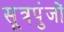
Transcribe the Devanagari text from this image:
सूत्रपुंजों